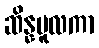
ဆိန္နမူလကာ